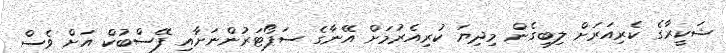
ޝަކީރާގެ ކެރިއަރަށް ލިބިގެން މިދިޔަ ކުރިއެރުމަށް އޭނާގެ ސަޕޯޓަރުންނަށާއި ފޭސްބުކް އަށް ވެސް